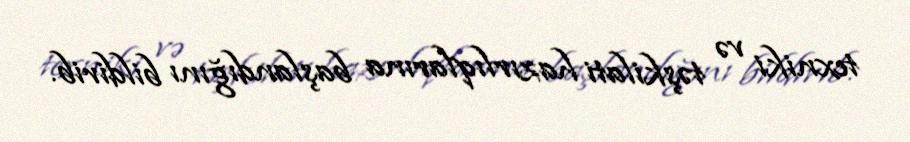
texniki və təşkilati hazırlıqlarına başlandığını bildirib.